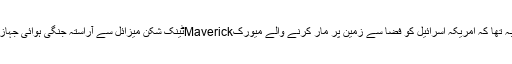
گور کا مطالبہ تھا کہ امریکہ اسرائیل کو فضا سے زمین پر مار کرنے والے میورکMaverickٹینک شکن میزائل سے آراستہ جنگی ہوائی جہاز فراہم کرے۔